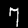
Digit: 7